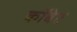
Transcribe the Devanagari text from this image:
कॉबेट